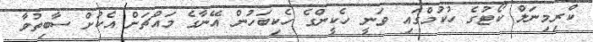
ކްރިމިނަލް ކޯޓުގެ ހުކުމްގައި ވަނީ ހެކީންގެ ހެކިބަހުން އޭނާގެ މައްޗަށް އެކުށް ސާބިތުވާ